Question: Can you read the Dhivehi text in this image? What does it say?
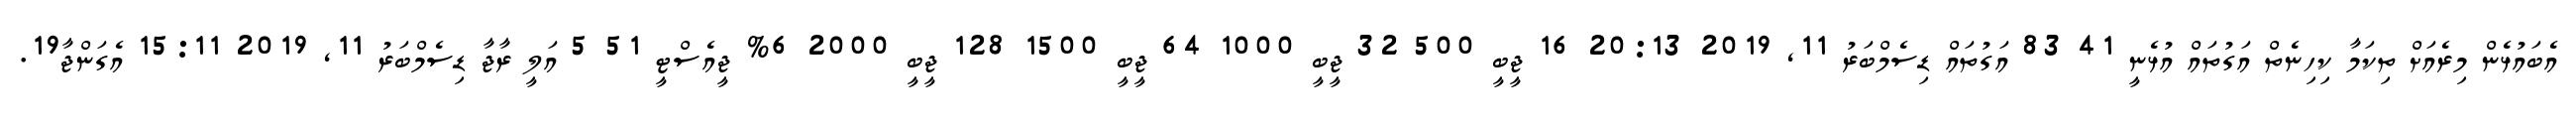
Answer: އެބައުޅެން މިރެއަށް ތިކަމާ ކިހިނެތް އަގުތައް އުޅެނީ 41 83 އަގުތައް ޑިސެމްބަރު 11, 2019 20:13 16 ޖީބީ 500 32 ޖީބީ 1000 64 ޖީބީ 1500 128 ޖީބީ 2000 6% ޖީއެސްޓީ 51 5 އަލީ ރާޖާ ޑިސެމްބަރު 11, 2019 15:11 އެގަންޖާ19.